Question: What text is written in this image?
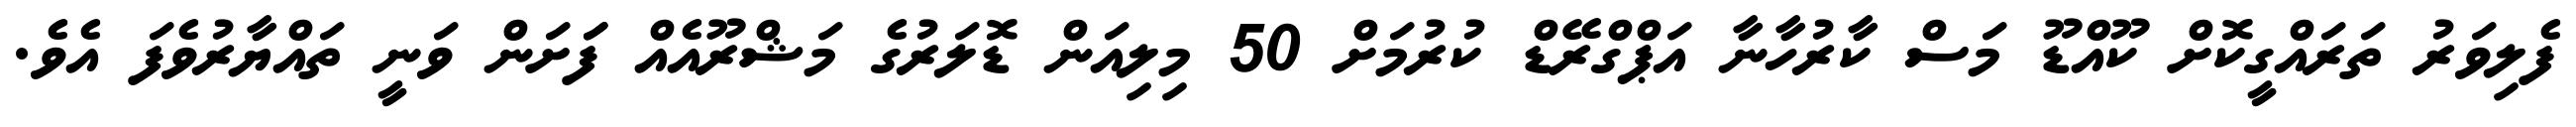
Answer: ފެލިވަރު ތަރައްގީކޮށް ކޫއްޑޫ މަސް ކާރުހާނާ އަޕްގްރޭޑް ކުރުމަށް 50 މިލިއަން ޑޮލަރުގެ މަޝްރޫއެއް ފަަށަން ވަނީ ތައްޔާރުވެފަ އެވެ.